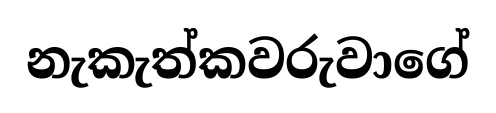
නැකැත්කවරුවාගේ